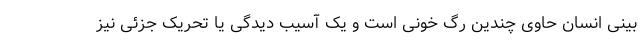
بینی انسان حاوی چندین رگ خونی است و یک آسیب دیدگی یا تحریک جزئی نیز